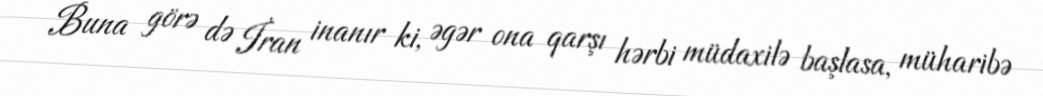
Buna görə də İran inanır ki, əgər ona qarşı hərbi müdaxilə başlasa, müharibə